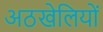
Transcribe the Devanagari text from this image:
अठखेलियों